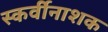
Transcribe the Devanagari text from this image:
स्कर्वीनाशक